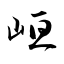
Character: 峘